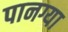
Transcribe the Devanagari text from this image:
पानग्या